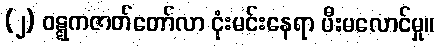
(၂) ဝဋ္ဋကဇာတ်တော်လာ ငုံးမင်းနေရာ မီးမလောင်မှု။